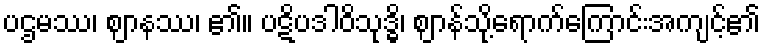
ပဌမဿ၊ ဈာနဿ၊ ၏။ ပဋိပဒါဝိသုဒ္ဓိ၊ ဈာန်သို့ရောက်ကြောင်းအကျင့်၏